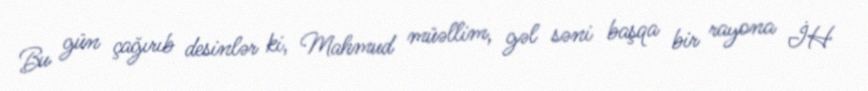
Bu gün çağırıb desinlər ki, Mahmud müəllim, gəl səni başqa bir rayona İH